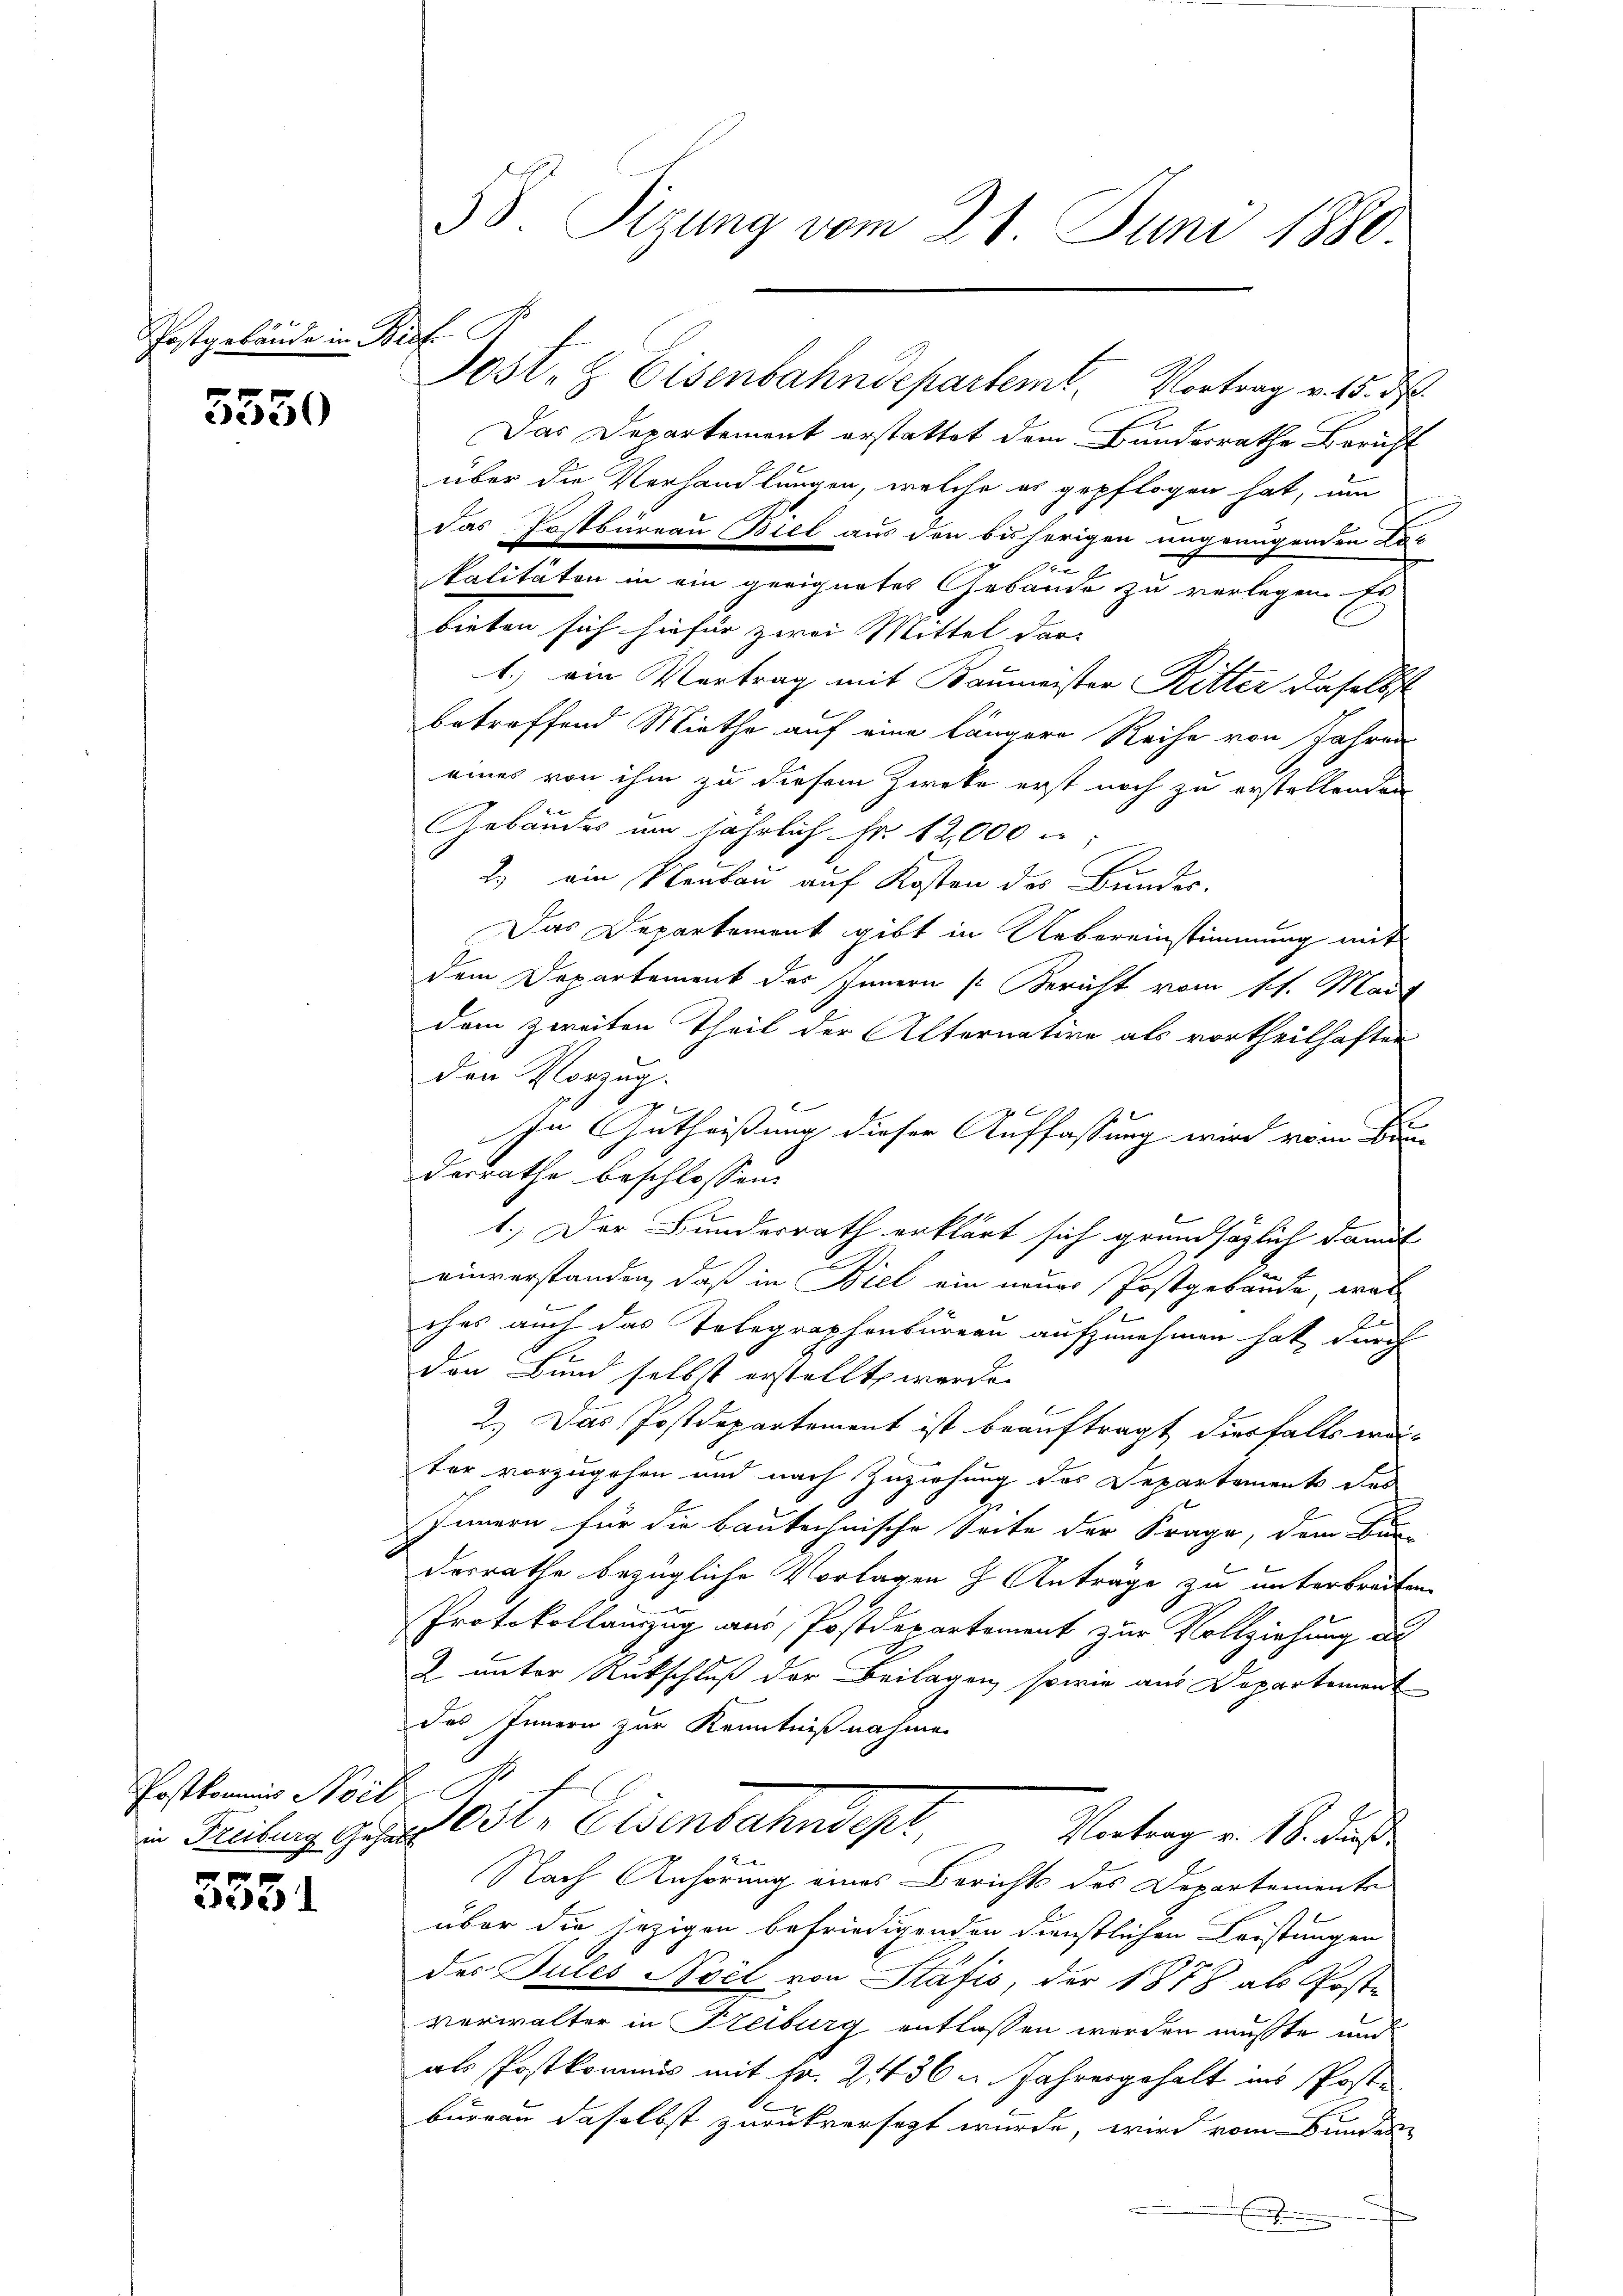
Postgebäude in Bief-

5550

Postkommis Nord

3551

.
Das Departement erstattet dem Bundesrathe Bericht
über die Verhandlungen, welche es gepflogen hat, um
Das Erstbureau Biel aus den bisherigen ungenügenden Lac
s
zu
kalitäten in ein geeignetes Gebäude zu verlegen Er
bieten sich hiefür zwei Mittel dar-
1.) ein Vertrag mit Baumeister Ritter daselbst
betreffend Miethe auf eine längere Reihe von Jahren
eines von ihm zu diesem Zwecke erst noch zu erstellenden
Gebäudes um jährlich Fr. 12,000
e
2) ein Neubau auf Kosten des Bundes.
Das Departement gibt in Uebereinstimmung mit
dem Departement des Innern s. Bericht vom 11. Mai
dem zweiten Theil der Alternative als vortheilhaften
den Vorzug.
2
x
s
In Gutheißung dieser Auffassung wird vom Bun
desrathe beschlossen:
1.) Der Bundesrath erklärt sich grundsätzlich damit
einverstanden, daß in Biel ein neuer Postgebäude, was
.
ches auch das Telegraphenbureau aufzunehmen hat, durch
den Bund selbst erstellt worden.
2.) Das Postdepartement ist beauftragt diesfalls wei-
ter vorzugehen und nach Zuziehung des Departement das
Innern für die bautechnische Seite der Frage, dem Bun-
desrathe bezügliche Vorlagen z Anträge zu unterbreiten.
Protokollauszug aus, Postdepartement zur Vollziehung al
2 unter Rutschluß der Beilagen, sowie aus Departement
das Innern zur Kenntnißnahmen
 Teilung gesagt Art. Eisenbahndest. Vertrag v. M. das
Nach Anhörung eines Berichts des Departemente
über die jezigen befriedigenden Dienstlichen Leistungen
des Pules Noil von Stäfić, der 1878 als Poste
verwalter in Freiburg entlassen werden mußte und
als Postkommis mit Fr. 21436 u. Jahresgehalt ins Postbureau daselbst zurückversetzt wurde, wird vom Bunden

58 Sizung vom 21. Juni 1880.

Post- & Eisenbahndepartemt. Vortrag v. 15. d.